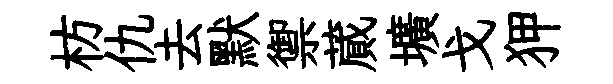
枋仇去默禦蕆壙戈狎